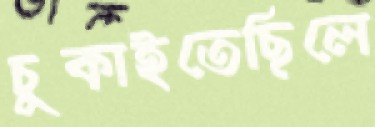
চুকাইতেছিলে